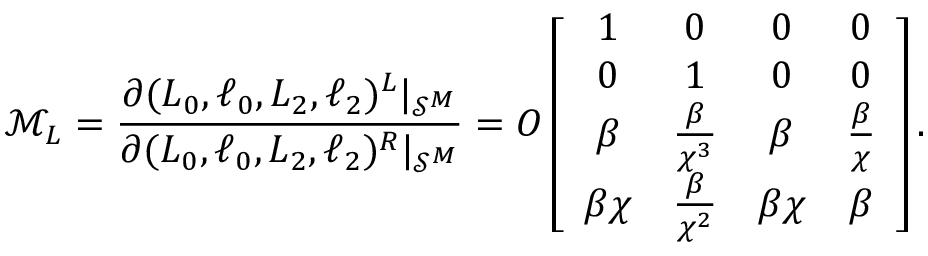
\mathcal { M } _ { L } = \frac { \partial ( L _ { 0 } , \ell _ { 0 } , L _ { 2 } , \ell _ { 2 } ) ^ { L } | _ { \mathcal { S } ^ { M } } } { \partial ( L _ { 0 } , \ell _ { 0 } , L _ { 2 } , \ell _ { 2 } ) ^ { R } | _ { \mathcal { S } ^ { M } } } = O \left[ \begin{array} { c c c c } { 1 } & { 0 } & { 0 } & { 0 } \\ { 0 } & { 1 } & { 0 } & { 0 } \\ { \beta } & { \frac { \beta } { \chi ^ { 3 } } } & { \beta } & { \frac { \beta } { \chi } } \\ { \beta \chi } & { \frac { \beta } { \chi ^ { 2 } } } & { \beta \chi } & { \beta } \end{array} \right] .